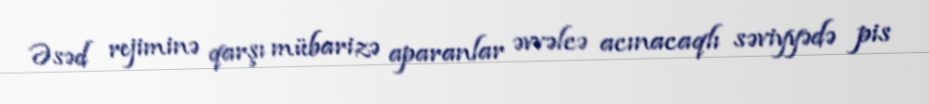
Əsəd rejiminə qarşı mübarizə aparanlar əvvəlcə acınacaqlı səviyyədə pis